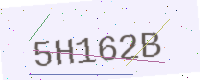
Text: 5H162B